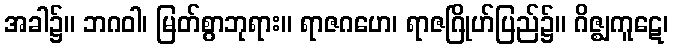
အခါ၌။ ဘဂဝါ၊ မြတ်စွာဘုရား။ ရာဇဂဟေ၊ ရာဇဂြိုဟ်ပြည်၌။ ဂိဇ္ဈကူဋေ၊